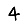
Digit: 4